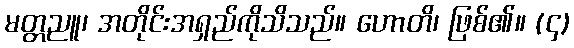
မတ္တညူ၊ အတိုင်းအရှည်ကိုသိသည်။ ဟောတိ၊ ဖြစ်၏။ (၄)